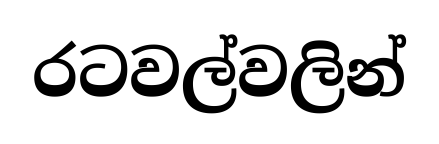
රටවල්වලින්